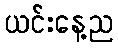
ယင်းနေ့ည